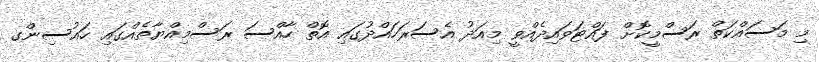
މި މަސައްކަތް ރަސްމީކޮށް ފައްޓަވައިދެއްވީ މިއަދު އެސަރަހައްދުގައި އޮތް ހާއްސަ ރަސްމިއްޔާތެއްގައި ހައުސިންގ